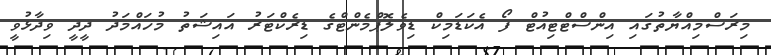
މިރަސްމިއްޔާތުގައި އިންސްޓްޓިއުޓް ފޯ އެކަޑަމިކް ޑިވެލޮޕްމެންޓްގެ ޑިރެކްޓަރު އައިޝަތު މުހައްމަދު ދީދީ ވިދާޅުވީ